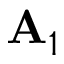
\mathbf { A } _ { 1 }